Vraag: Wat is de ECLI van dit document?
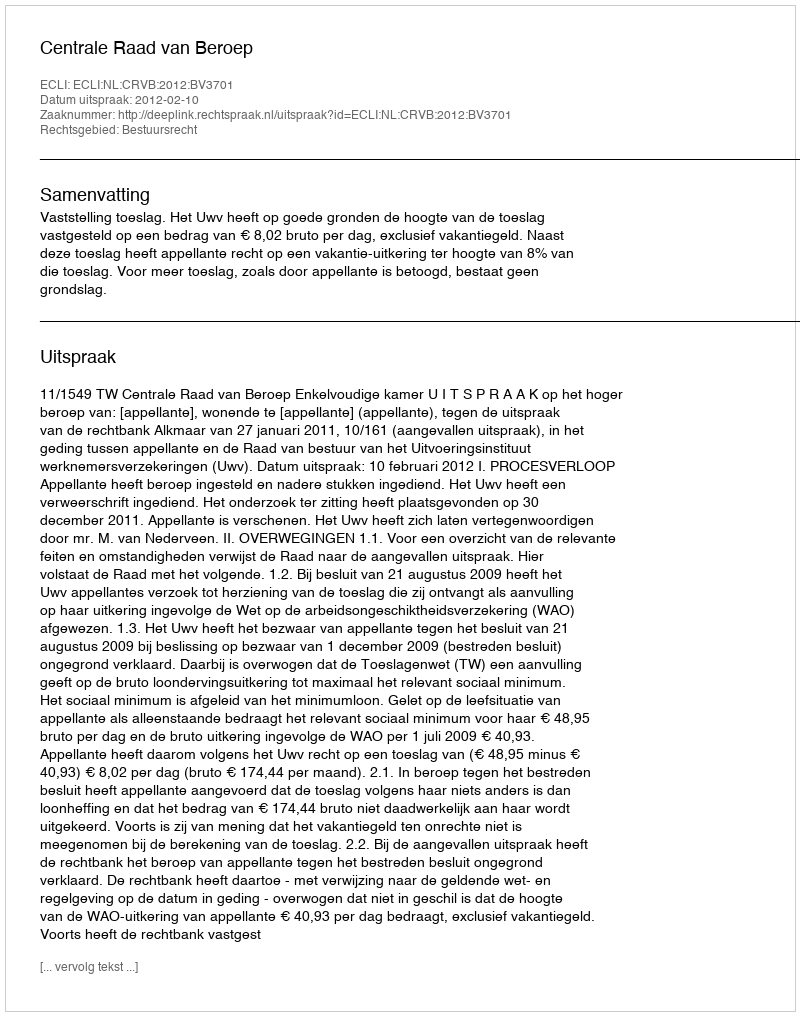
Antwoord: ECLI:NL:CRVB:2012:BV3701